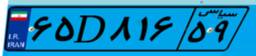
۹۱D۰۵۹۹۲